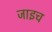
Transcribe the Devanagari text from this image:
जाइच